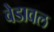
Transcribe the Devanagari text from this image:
वेडावल